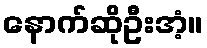
နောက်ဆိုဦးအံ့။